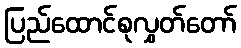
ပြည်ထောင်စုလွှတ်တော်